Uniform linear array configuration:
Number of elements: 24
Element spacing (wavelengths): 0.75
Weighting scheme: exponential
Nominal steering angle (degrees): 0
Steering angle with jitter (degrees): -1.442
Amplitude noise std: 0.05
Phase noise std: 0.05

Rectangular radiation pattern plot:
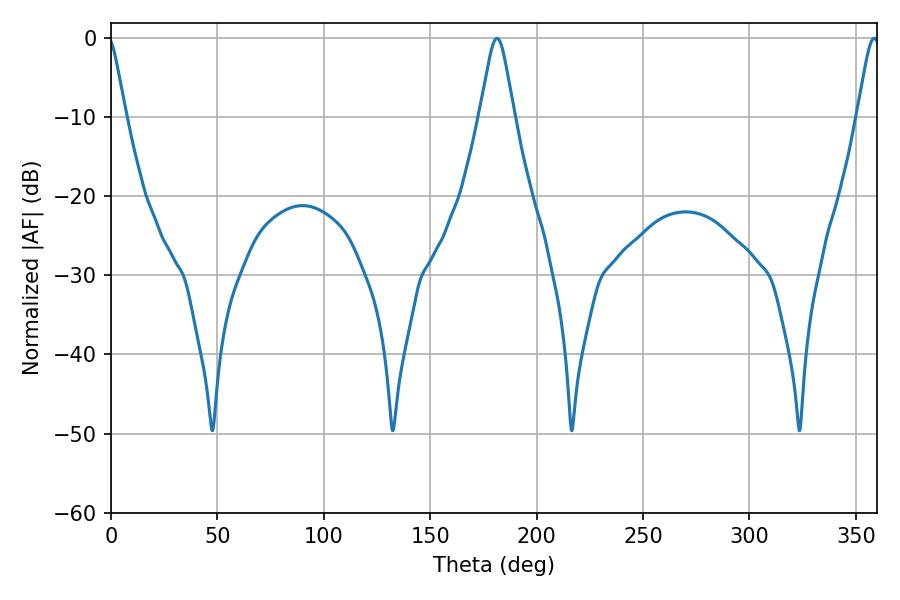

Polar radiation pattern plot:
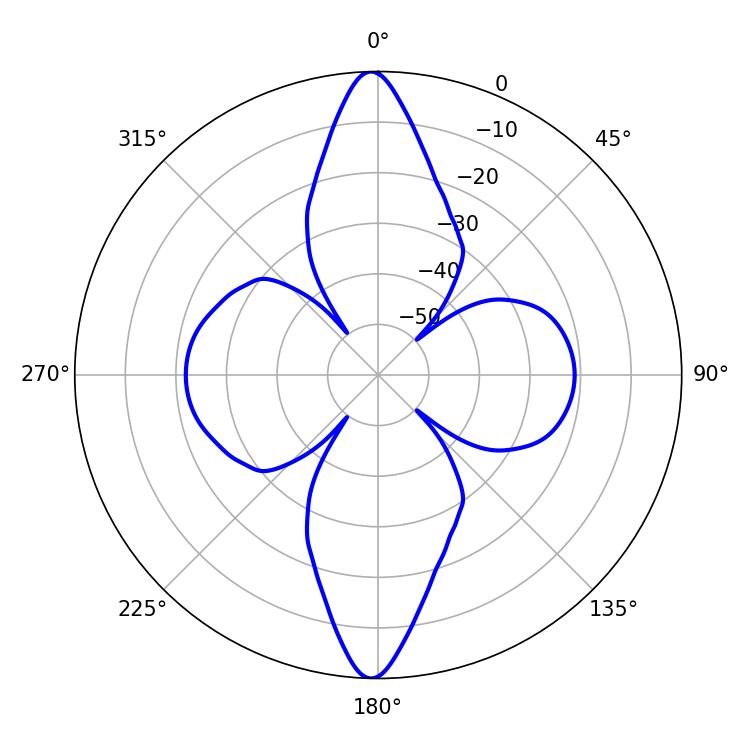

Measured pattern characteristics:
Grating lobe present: TRUE
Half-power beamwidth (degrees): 5.22
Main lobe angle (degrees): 358.56